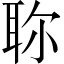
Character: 𦕗